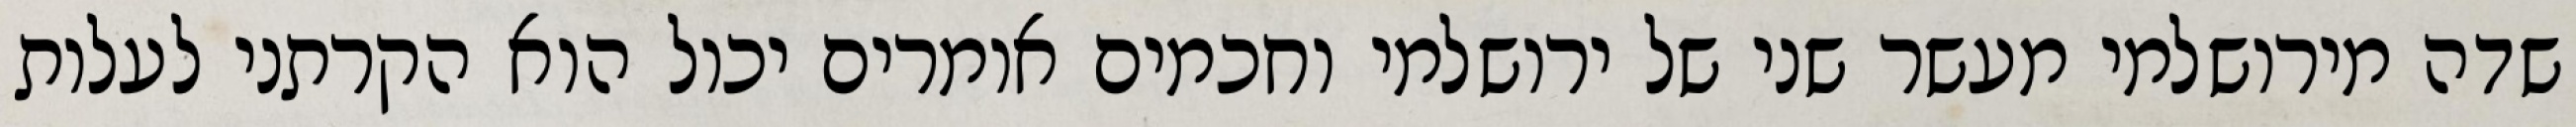
שדה מירושלמי מעשר שני של ירושלמי וחכמים אומרים יכול הוא הקרתני לעלות